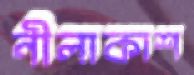
নীলাকাশ